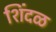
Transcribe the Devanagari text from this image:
शिंदळ